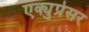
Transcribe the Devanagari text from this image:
एक्युप्रेसर